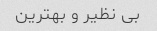
بی نظیر و بهترین